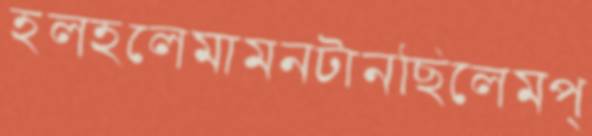
হলহলেমামনটানছিলেমপ্